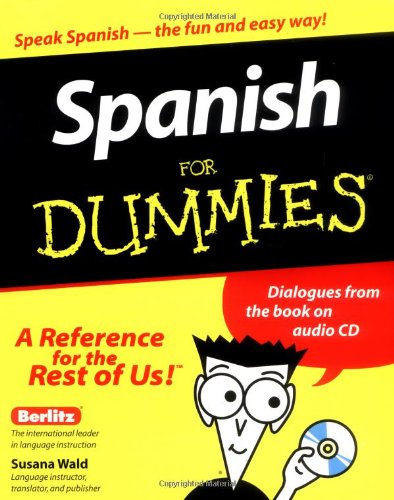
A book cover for Spanish For Dummies; Susana Wald; Travel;